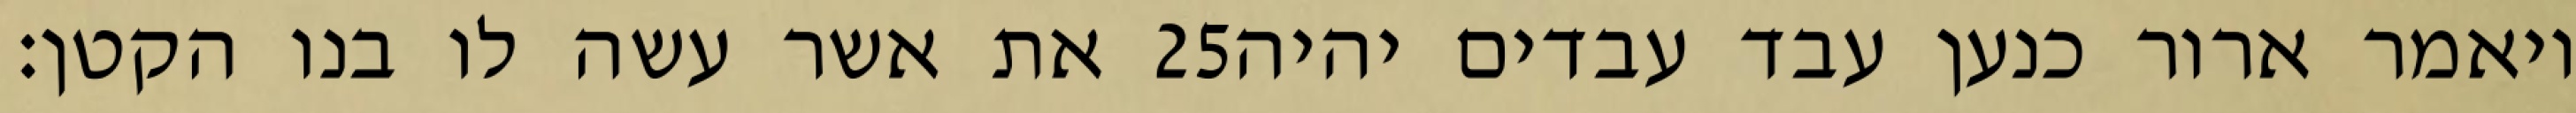
את אשר עשה לו בנו הקטן׃ ‎25‏ ויאמר ארור כנען עבד עבדים יהיה